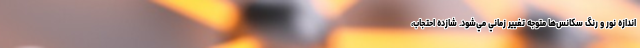
اندازه نور و رنگ سکانس‌ها متوجه تغيير زماني مي‌شود. شازده احتجاب،